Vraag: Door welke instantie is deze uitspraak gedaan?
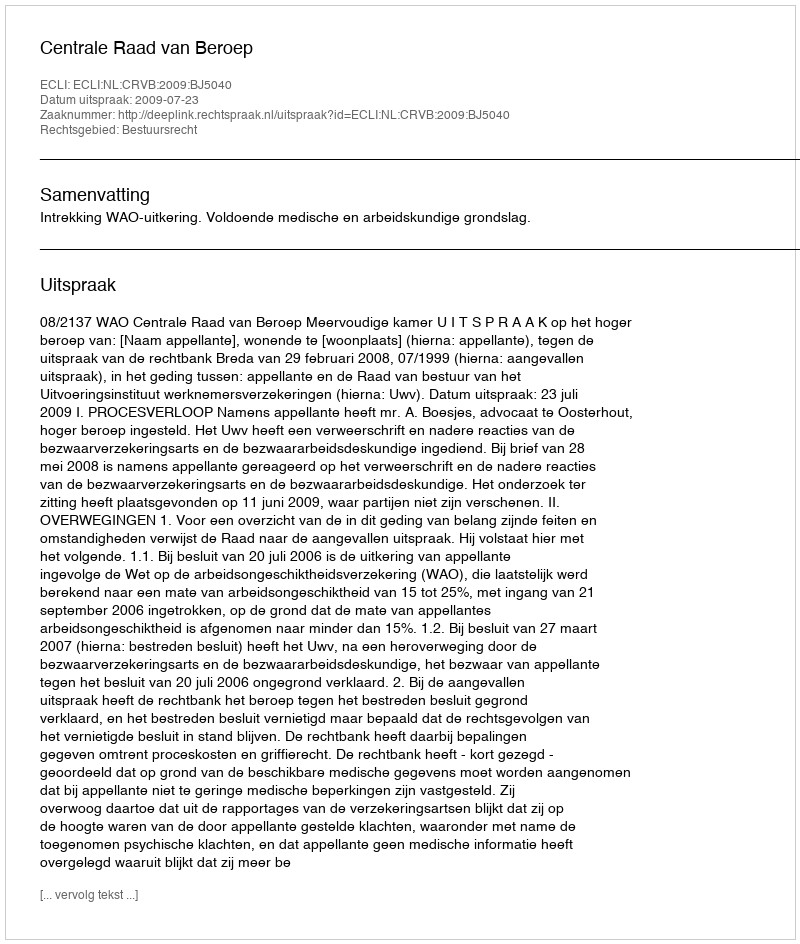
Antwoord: Centrale Raad van Beroep